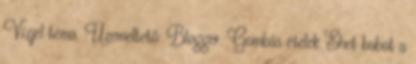
Vízjel téma. Üzemeltető: Blogger. Gombás ételek Ehet babot a